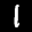
Label: 1